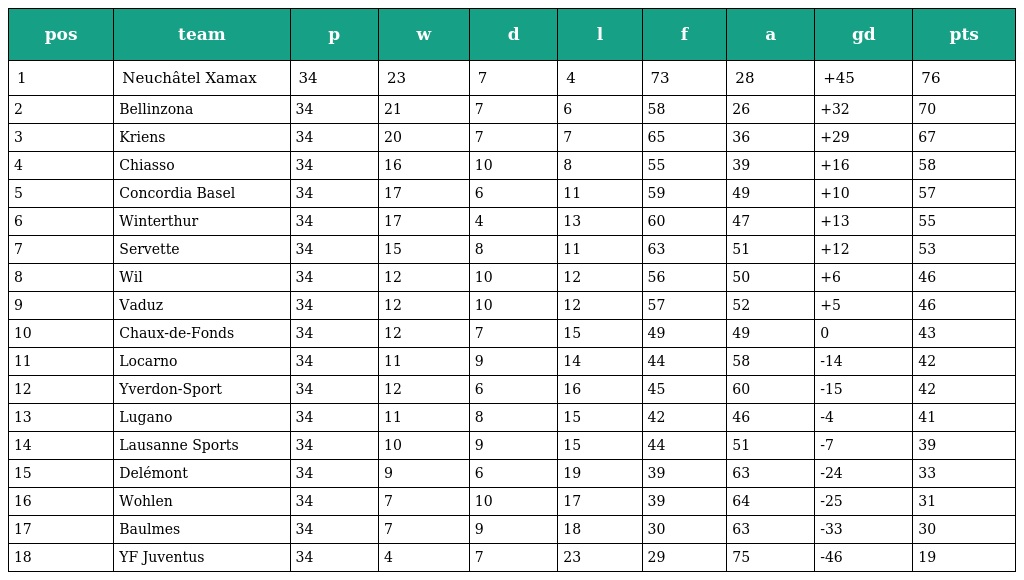
| pos | team | p | w | d | l | f | a | gd | pts |
 | --- | --- | --- | --- | --- | --- | --- | --- | --- | --- |
 | 1 | Neuchâtel Xamax | 34 | 23 | 7 | 4 | 73 | 28 | +45 | 76 |
 | 2 | Bellinzona | 34 | 21 | 7 | 6 | 58 | 26 | +32 | 70 |
 | 3 | Kriens | 34 | 20 | 7 | 7 | 65 | 36 | +29 | 67 |
 | 4 | Chiasso | 34 | 16 | 10 | 8 | 55 | 39 | +16 | 58 |
 | 5 | Concordia Basel | 34 | 17 | 6 | 11 | 59 | 49 | +10 | 57 |
 | 6 | Winterthur | 34 | 17 | 4 | 13 | 60 | 47 | +13 | 55 |
 | 7 | Servette | 34 | 15 | 8 | 11 | 63 | 51 | +12 | 53 |
 | 8 | Wil | 34 | 12 | 10 | 12 | 56 | 50 | +6 | 46 |
 | 9 | Vaduz | 34 | 12 | 10 | 12 | 57 | 52 | +5 | 46 |
 | 10 | Chaux-de-Fonds | 34 | 12 | 7 | 15 | 49 | 49 | 0 | 43 |
 | 11 | Locarno | 34 | 11 | 9 | 14 | 44 | 58 | -14 | 42 |
 | 12 | Yverdon-Sport | 34 | 12 | 6 | 16 | 45 | 60 | -15 | 42 |
 | 13 | Lugano | 34 | 11 | 8 | 15 | 42 | 46 | -4 | 41 |
 | 14 | Lausanne Sports | 34 | 10 | 9 | 15 | 44 | 51 | -7 | 39 |
 | 15 | Delémont | 34 | 9 | 6 | 19 | 39 | 63 | -24 | 33 |
 | 16 | Wohlen | 34 | 7 | 10 | 17 | 39 | 64 | -25 | 31 |
 | 17 | Baulmes | 34 | 7 | 9 | 18 | 30 | 63 | -33 | 30 |
 | 18 | YF Juventus | 34 | 4 | 7 | 23 | 29 | 75 | -46 | 19 |